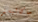
ماكاليستر